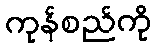
ကုန်စည်ကို